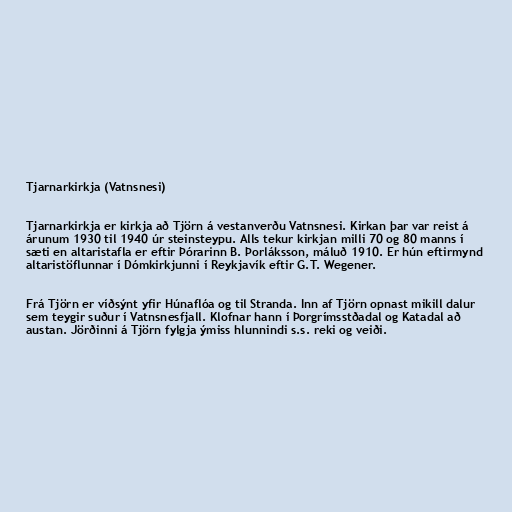
Tjarnarkirkja (Vatnsnesi)

Tjarnarkirkja er kirkja að Tjörn á vestanverðu Vatnsnesi. Kirkan þar var reist á
árunum 1930 til 1940 úr steinsteypu. Alls tekur kirkjan milli 70 og 80 manns í
sæti en altaristafla er eftir Þórarinn B. Þorláksson, máluð 1910. Er hún eftirmynd
altaristöflunnar í Dómkirkjunni í Reykjavík eftir G.T. Wegener.

Frá Tjörn er víðsýnt yfir Húnaflóa og til Stranda. Inn af Tjörn opnast mikill dalur
sem teygir suður í Vatnsnesfjall. Klofnar hann í Þorgrímsstðadal og Katadal að
austan. Jörðinni á Tjörn fylgja ýmiss hlunnindi s.s. reki og veiði.